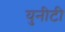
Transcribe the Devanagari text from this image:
युनीटी